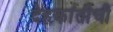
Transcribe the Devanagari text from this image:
देहकांतीची